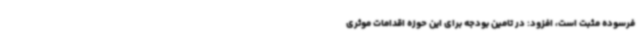
فرسوده مثبت است، افزود: در تامین بودجه برای این حوزه اقدامات موثری